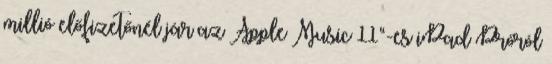
millió előfizetőnél jár az Apple Music 11“-es iPad Próról